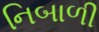
નિબાળી